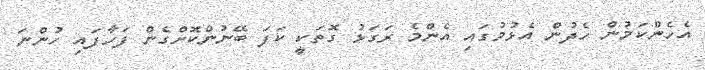
އެހެންކަމުން ހެދުން އެޅުމުގައި އެންމެ ރަގަޅު ގޮތަކީ ކަފަ ބޭނުންކޮށްގެން ފަހާފައި ހުންނަ